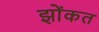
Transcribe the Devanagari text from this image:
झोंकत